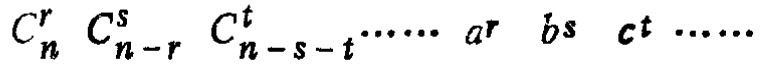
\[

C_{n}^{r}C_{n - r}^{s}C_{n - s - t}^{t}\cdots\cdots a^{r}b^{s}c^{t}\cdots\cdots

\]